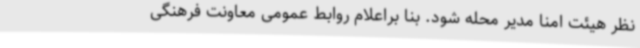
نظر هیئت امنا مدیر محله شود. بنا براعلام روابط عمومی معاونت فرهنگی